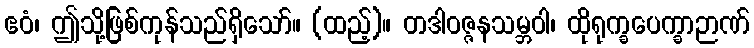
ဧဝံ၊ ဤသို့ဖြစ်ကုန်သည်ရှိသော်။ (ထည့်)။ တဒါဝဇ္ဇနသမ္ဘဝါ၊ ထိုရုက္ခပေက္ခာဉာဏ်